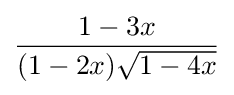
{\frac {1-3x}{(1-2x){\sqrt {1-4x}}}}